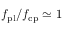
f _ { \mathrm { p l } } / f _ { \mathrm { c p } } \simeq 1